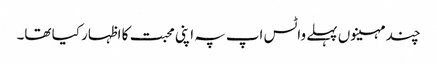
چند مہینوں پہلے واٹس اپ پہ اپنی محبت کا اظہار کیا تھا۔